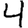
Digit: 4